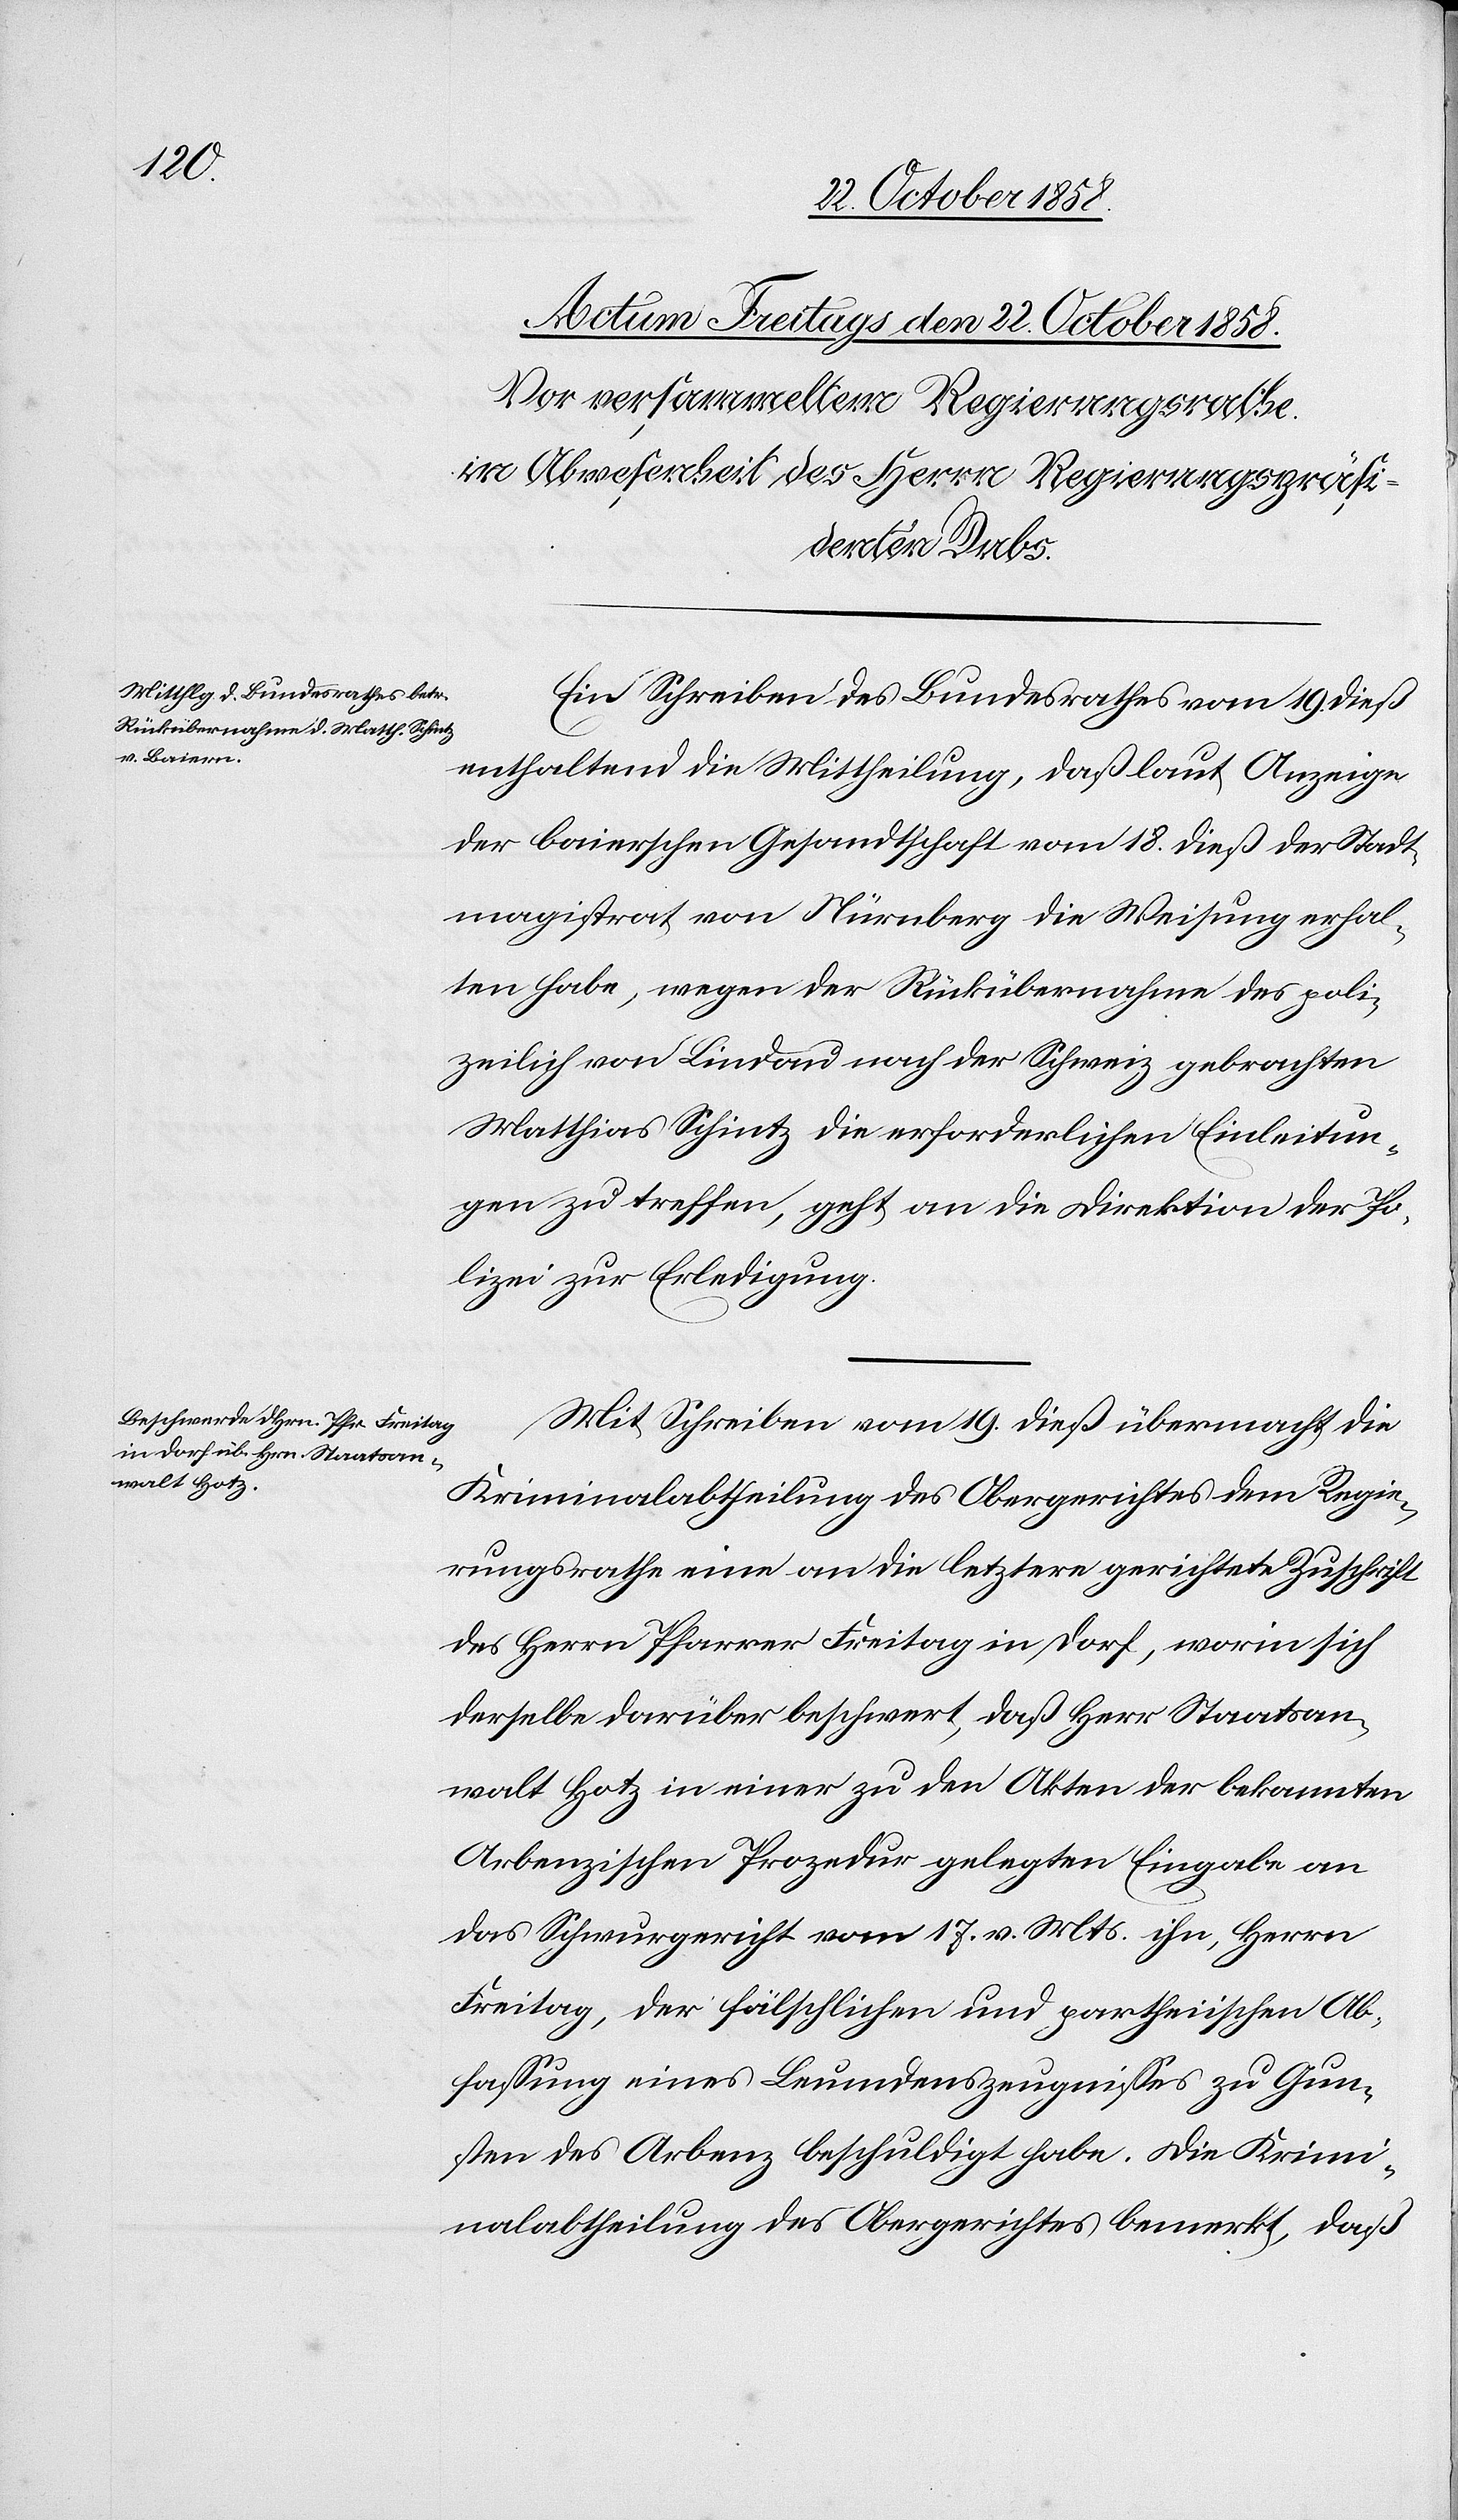
Ein Schreiben des Bundesrathes vom 19. dieß
enthaltend die Mittheilung, daß laut Anzeige
der baierschen Gesandtschaft vom 18. dieß der Stadt¬
magistrat von Nürnberg die Weisung erhal¬
ten habe, wegen der Rückübernahme des poli¬
zeilich von Lindau nach der Schweiz gebrachten
Matthias Schintz die erforderlichen Einleitun¬
gen zu treffen, geht an die Direktion der Po¬
lizei zur Erledigung.
Mit Schreiben vom 19. dieß übermacht die
Kriminalabtheilung des Obergerichtes dem Regie¬
rungsrathe eine an die letztere gerichtete Zuschrift
des Herrn Pfarrer Freitag in Dorf, worin sich
derselbe darüber beschwert, daß Herr Staatsan¬
walt Hotz in einer zu den Akten der bekannten
Arbenzischen Prozedur gelegten Eingabe an
das Schwurgericht vom 17. v. Mts. ihn, Herrn
Freitag, der fälschlichen und partheiischen Ab¬
fassung eines Leumdenszeugnisses zu Gun¬
sten des Arbenz beschuldigt habe. Die Krimi¬
nalabtheilung des Obergerichtes bemerkt, daß